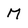
Character: M